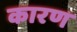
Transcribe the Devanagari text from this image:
कारण